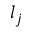
l _ { j }